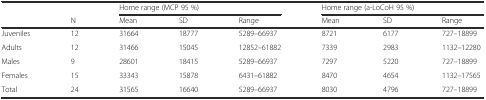
<table><thead><tr><td></td><td></td><td colspan="3"><b>Home range (MCP 95 %)</b></td><td colspan="3"><b>Home range (a-LoCoH 95 %)</b></td></tr><tr><td></td><td><b>N</b></td><td><b>Mean</b></td><td><b>SD</b></td><td><b>Range</b></td><td><b>Mean</b></td><td><b>SD</b></td><td><b>Range</b></td></tr></thead><tbody><tr><td>Juveniles</td><td>12</td><td>31664</td><td>18777</td><td>5289–66937</td><td>8721</td><td>6177</td><td>727–18899</td></tr><tr><td>Adults</td><td>12</td><td>31466</td><td>15045</td><td>12852–61882</td><td>7339</td><td>2983</td><td>1132–12280</td></tr><tr><td>Males</td><td>9</td><td>28601</td><td>18415</td><td>5289–66937</td><td>7297</td><td>5220</td><td>727–18899</td></tr><tr><td>Females</td><td>15</td><td>33343</td><td>15878</td><td>6431–61882</td><td>8470</td><td>4654</td><td>1132–17565</td></tr><tr><td>Total</td><td>24</td><td>31565</td><td>16640</td><td>5289–66937</td><td>8030</td><td>4796</td><td>727–18899</td></tr></tbody></table>